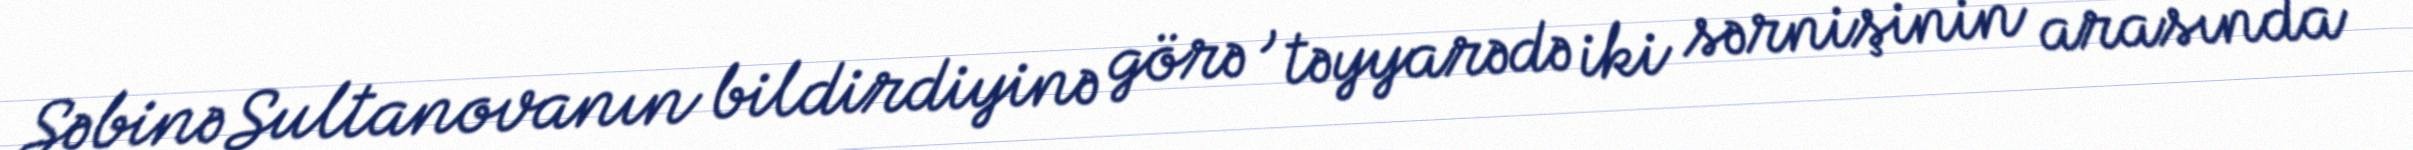
Səbinə Sultanovanın bildirdiyinə görə , təyyarədə iki sərnişinin arasında